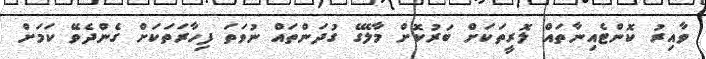
ވާއިރު ކޮންޓެއިނާތައް ލޮރީތަކަށް ބަރުކޮށް މާލޭގެ ގުދަންތައް ނުވަތަ ފިހާރަތަކަށް ގެންދެވޭ ކަމަށް